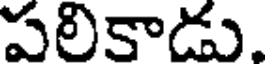
పలికాడు.